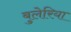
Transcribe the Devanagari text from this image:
बुलेरिया